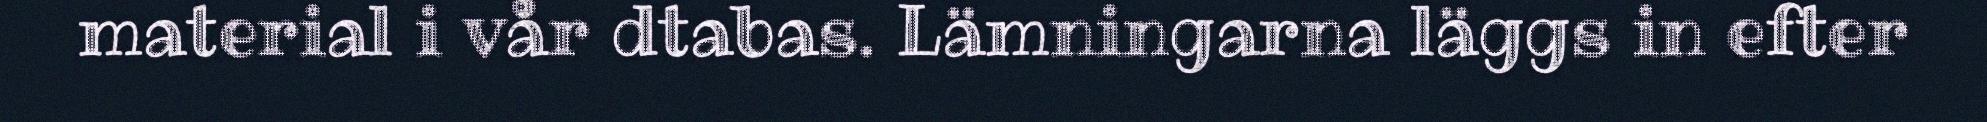
material i vår dtabas. Lämningarna läggs in efter